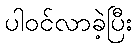
ပါဝင်လာခဲ့ပြီး